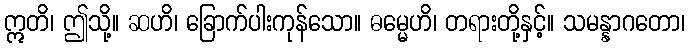
ဣတိ၊ ဤသို့။ ဆဟိ၊ ခြောက်ပါးကုန်သော။ ဓမ္မေဟိ၊ တရားတို့နှင့်။ သမန္နာဂတော၊